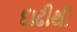
દાઢીથી